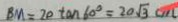
B M = 2 0 \tan 6 0 ^ { \circ } = 2 0 \sqrt { 3 } c m